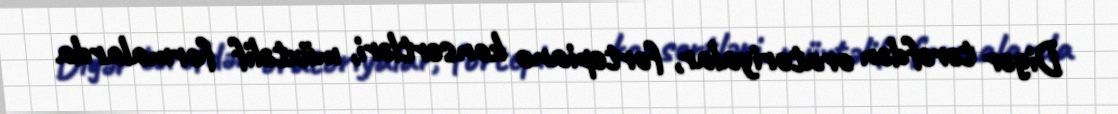
Digər tərəfdən oratoriyalar, fortepiano konsertləri, müxtəlif formalarda